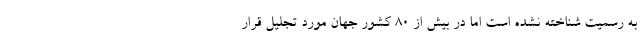
به رسمیت شناخته نشده است اما در بیش از 80 کشور جهان مورد تجلیل قرار